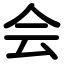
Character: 会